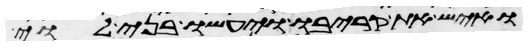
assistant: ואיש את קריבו ויעשו בני לוי